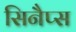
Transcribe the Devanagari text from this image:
सिनैप्स